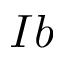
I b